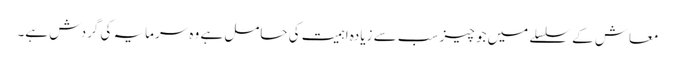
معاش کے سلسلے میں جو چیز سب سے زیادہ اہمیت کی حامل ہے وہ سرمایہ کی گردش ہے۔